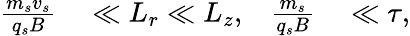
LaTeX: \begin{array}{rlrl}{\frac{m_{s}v_{s}}{q_{s}B}}&{{}\ll L_{r}\ll L_{z},}&{\frac{m_{s}}{q_{s}B}}&{{}\ll\tau,}\end{array}